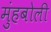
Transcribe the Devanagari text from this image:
मुंहबोली